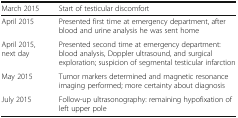
<table><thead><tr><td><b>March 2015</b></td><td><b>Start of testicular discomfort</b></td></tr></thead><tbody><tr><td>April 2015</td><td>Presented first time at emergency department, after blood and urine analysis he was sent home</td></tr><tr><td>April 2015, next day</td><td>Presented second time at emergency department: blood analysis, Doppler ultrasound, and surgical exploration; suspicion of segmental testicular infarction</td></tr><tr><td>May 2015</td><td>Tumor markers determined and magnetic resonance imaging performed; more certainty about diagnosis</td></tr><tr><td>July 2015</td><td>Follow-up ultrasonography: remaining hypofixation of left upper pole</td></tr></tbody></table>